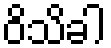
ဝိသိခါ